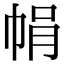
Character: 𢂱